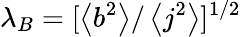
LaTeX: \lambda_{B}=[\left<b^{2}\right>/\left<j^{2}\right>]^{1/2}